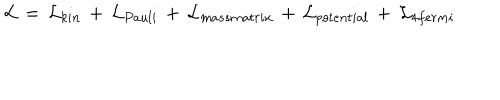
{ \cal L } \, = \, { \cal L } _ { k i n } \, + \, { \cal L } _ { P a u l i } \, + \, { \cal L } _ { m a s s m a t r i x } \, + \, { \cal L } _ { p o t e n t i a l } \, + \, { \cal L } _ { 4 f e r m i }